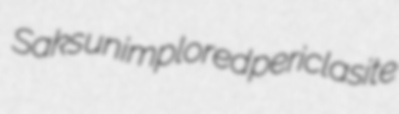
Saks unimplored periclasite